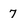
Character: 7